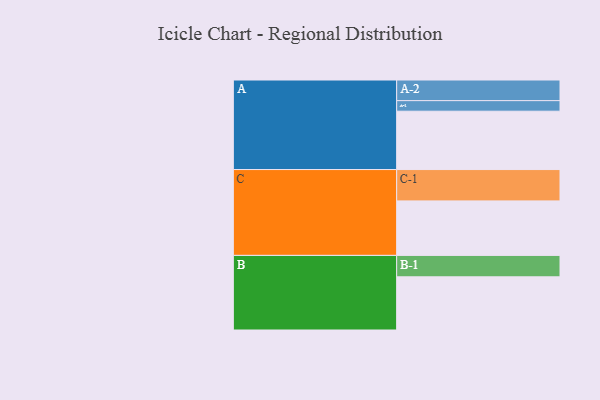
{"axis": {"x": "Segment", "y": "Value"}, "legend": ["", "A", "B", "C"], "data": [{"x": "A", "y": 441, "type": ""}, {"x": "B", "y": 402, "type": ""}, {"x": "C", "y": 412, "type": ""}, {"x": "A-1", "y": 80, "type": "A"}, {"x": "A-2", "y": 156, "type": "A"}, {"x": "B-1", "y": 162, "type": "B"}, {"x": "C-1", "y": 237, "type": "C"}]}